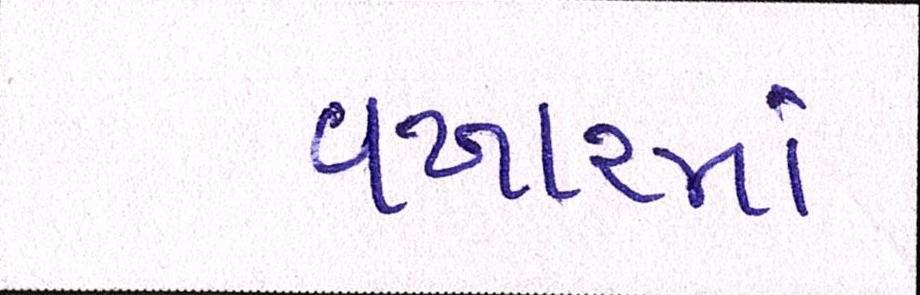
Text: વખારમાં